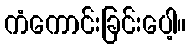
ကံကောင်းခြင်းပေါ့။